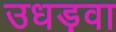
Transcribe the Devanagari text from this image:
उधड़वा